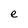
Character: e